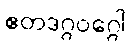
ဧတဒဂ္ဂဝဂ္ဂေါ